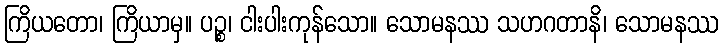
ကြိယတော၊ ကြိယာမှ။ ပဉ္စ၊ ငါးပါးကုန်သော။ သောမနဿ သဟဂတာနိ၊ သောမနဿ